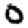
Digit: 0